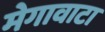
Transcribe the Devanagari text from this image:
मेगावाटा